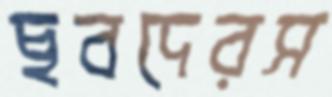
ছবদেরস